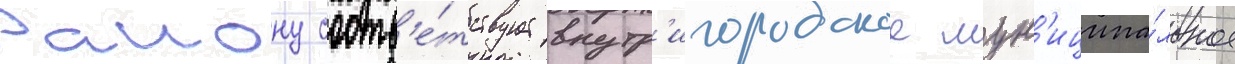
Раиону соотв'е́тствует внутр'игородское мун'иципа́льное